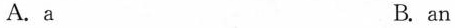
A.a B. an